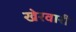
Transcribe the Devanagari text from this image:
खेरवारी